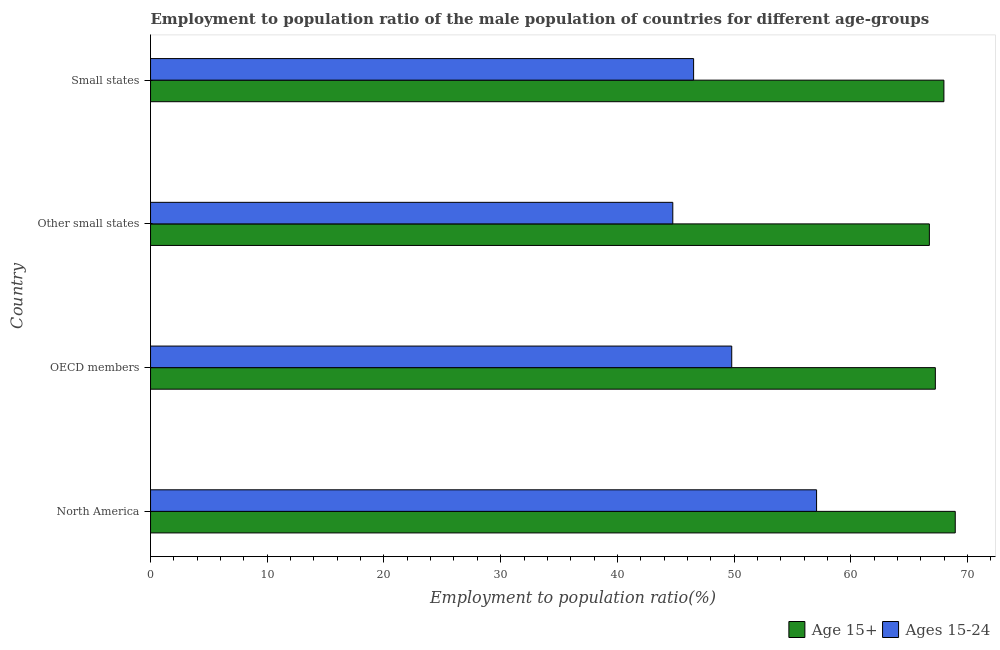
| Country | Age 15+ | Ages 15-24 |
 | --- | --- | --- |
 | North America | 69 | 57.1 |
 | OECD members | 67.2 | 49.8 |
 | Other small states | 66.7 | 44.7 |
 | Small states | 68 | 46.5 |